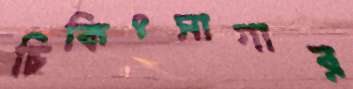
চিকিৎসাগার